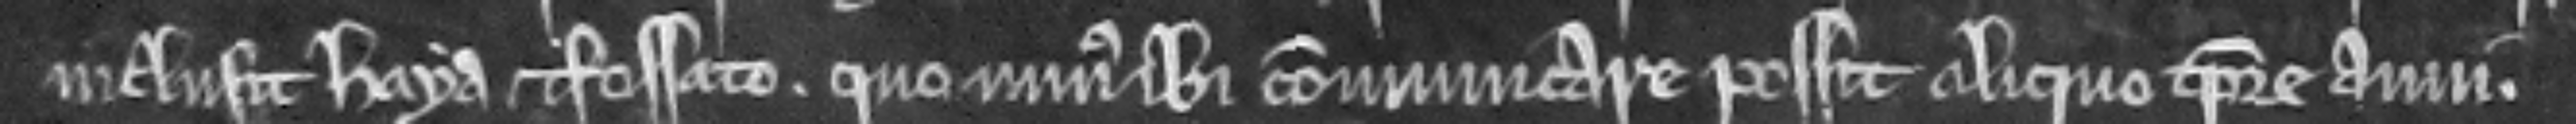
inclusit haya et fossato. quominus ibi communicare possit aliquo tempore anni.